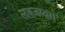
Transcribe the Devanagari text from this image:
लक्ज़म्बर्ग